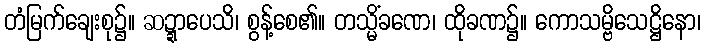
တံမြက်ချေးစု၌။ ဆဍ္ဍာပေသိ၊ စွန့်စေ၏။ တသ္မိံခဏေ၊ ထိုခဏ၌။ ကောသမ္ဗိသေဋ္ဌိနော၊